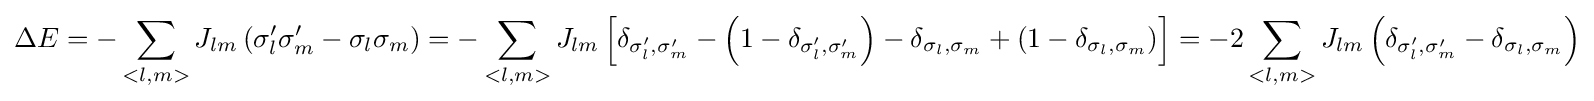
\Delta E=-\sum \limits _{<l,m>}J_{lm}\left(\sigma '_{l}\sigma '_{m}-\sigma _{l}\sigma _{m}\right)=-\sum \limits _{<l,m>}J_{lm}\left[\delta _{\sigma '_{l},\sigma '_{m}}-\left(1-\delta _{\sigma '_{l},\sigma '_{m}}\right)-\delta _{\sigma _{l},\sigma _{m}}+\left(1-\delta _{\sigma _{l},\sigma _{m}}\right)\right]=-2\sum \limits _{<l,m>}J_{lm}\left(\delta _{\sigma '_{l},\sigma '_{m}}-\delta _{\sigma _{l},\sigma _{m}}\right)